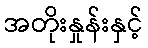
အတိုးနှုန်းနှင့်